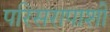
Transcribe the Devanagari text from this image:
परिसरापाशी